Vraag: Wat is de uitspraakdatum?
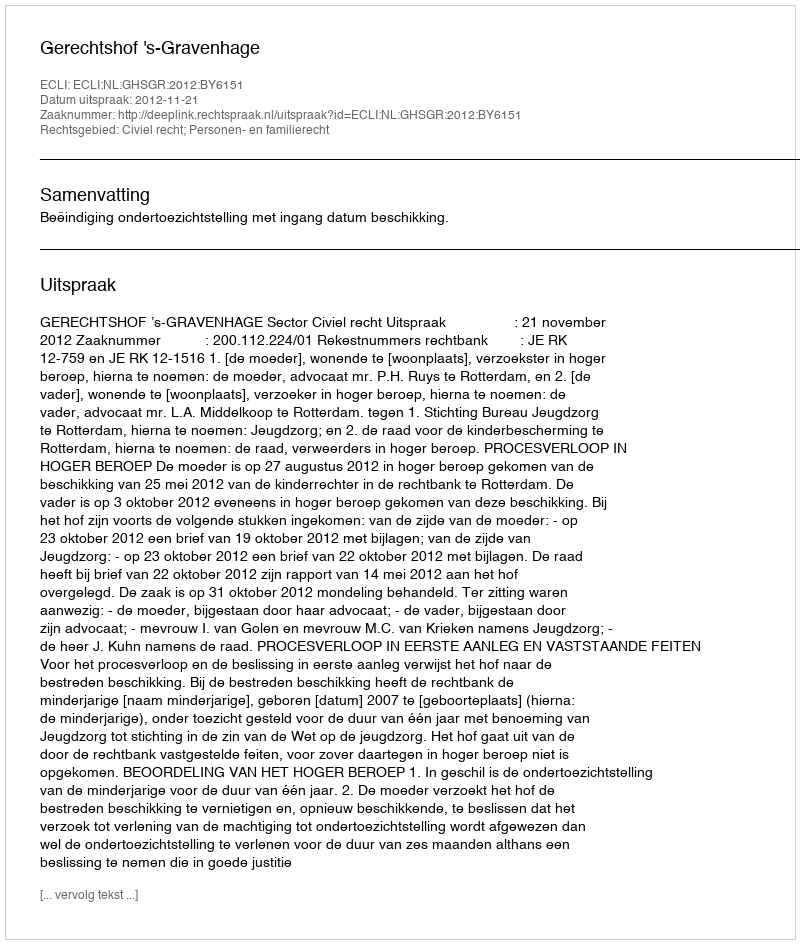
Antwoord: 2012-11-21